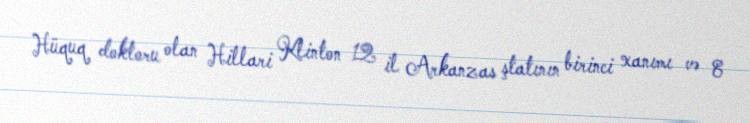
Hüquq doktoru olan Hillari Klinton 12 il Arkanzas ştatının birinci xanımı və 8